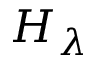
H _ { \lambda }